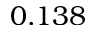
0 . 1 3 8